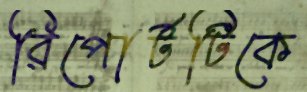
রিপোর্টটিকে